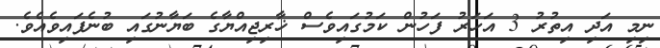
ނިމި އަދި އިތުރު 3 އަހަރު ފަހުން ކަމުގައިވެސް ޚާރިޖިއްޔާގެ ބަޔާނުގައި ބުނެފައިވެއެވެ.